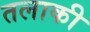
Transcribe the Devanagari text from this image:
तलाकी